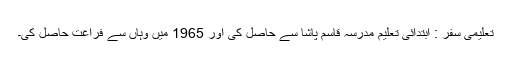
تعلیمی سفر : ابتدائی تعلیم مدرسہ قاسم پاشا سے حاصل کی اور 1965 میں وہاں سے فراغت حاصل کی۔